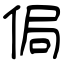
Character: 侷